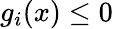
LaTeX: g_{i}(x)\leq 0